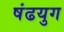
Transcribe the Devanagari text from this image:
षंढयुग